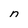
Character: n